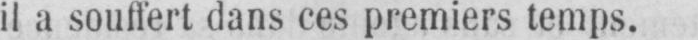
il a souffert dans ces premiers temps.